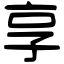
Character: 享